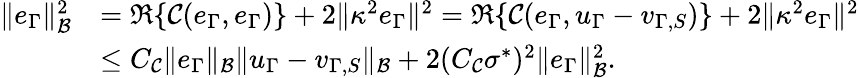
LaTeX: \begin{array}{rl}{\| e_{\Gamma}\| _{\mathcal{B}}^{2}}&{=\Re\{ \mathcal{C}(e_{\Gamma},e_{\Gamma})\} +2\| \kappa^{2}e_{\Gamma}\| ^{2}=\Re\{ \mathcal{C}(e_{\Gamma},u_{\Gamma}-v_{\Gamma,S})\} +2\| \kappa^{2}e_{\Gamma}\| ^{2}}\\ &{\leq C_{\mathcal{C}}\| e_{\Gamma}\| _{\mathcal{B}}\| u_{\Gamma}-v_{\Gamma,S}\| _{\mathcal{B}}+2(C_{\mathcal{C}}\sigma^{*})^{2}\| e_{\Gamma}\| _{\mathcal{B}}^{2}.}\end{array}